Madras plague regulations and rules - Volume 1
Disease focus: Plague
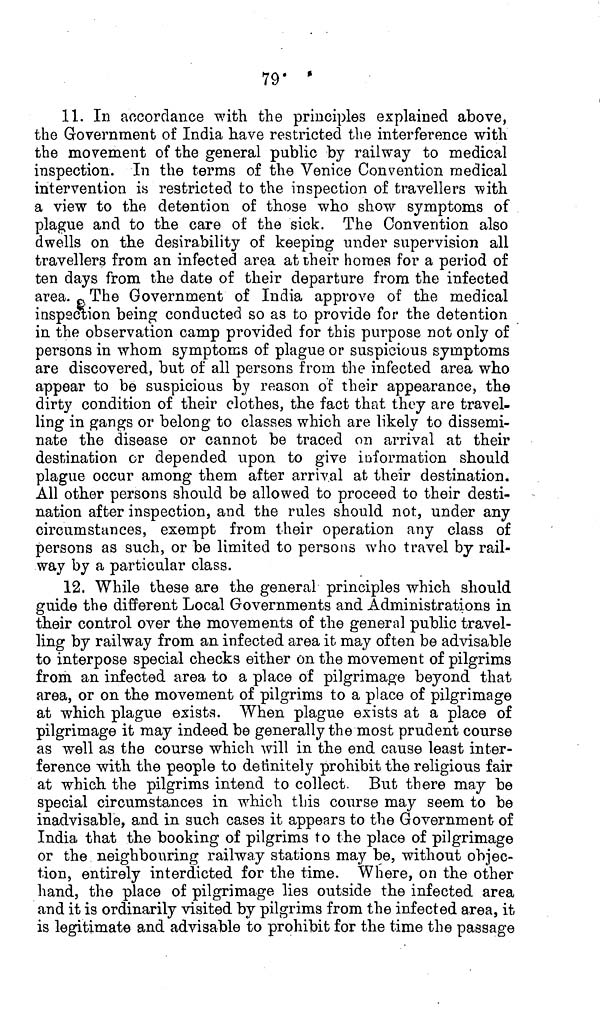
79
11. In accordance with the principles explained above,
the Government of India have restricted the interference with
the movement of the general public by railway to medical
inspection. In the terms of the Venice Convention medical
intervention is restricted to the inspection of travellers with
a view to the detention of those who show symptoms of
plague and to the care of the sick. The Convention also
dwells on the desirability of keeping under supervision all
travellers from an infected area at their homes for a period of
ten days from the date of their departure from the infected
area. The Government of India approve of the medical
inspection being conducted so as to provide for the detention
in the observation camp provided for this purpose not only of
persons in whom symptoms of plague or suspicious symptoms
are discovered, but of all persons from the infected area who
appear to be suspicious by reason of their appearance, the
dirty condition of their clothes, the fact that they are travel-
ling in gangs or belong to classes which are likely to dissemi-
nate the disease or cannot be traced on arrival at their
destination or depended upon to give information should
plague occur among them after arrival at their destination.
All other persons should be allowed to proceed to their desti-
nation after inspection, and the rules should not, under any
circumstances, exempt from their operation any class of
persons as such, or be limited to persons who travel by rail-
way by a particular class.
12. While these are the general principles which should
guide the different Local Governments and Administrations in
their control over the movements of the general public travel-
ling by railway from an infected area it may often be advisable
to interpose special checks either on the movement of pilgrims
from an infected area to a place of pilgrimage beyond that
area, or on the movement of pilgrims to a place of pilgrimage
at which plague exists. When plague exists at a place of
pilgrimage it may indeed be generally the most prudent course
as well as the course which will in the end cause least inter-
ference with the people to definitely prohibit the religious fair
at which the pilgrims intend to collect. But there may be
special circumstances in which this course may seem to be
inadvisable, and in such cases it appears to the Government of
India that the booking of pilgrims to the place of pilgrimage
or the neighbouring railway stations may be, without objec-
tion, entirely interdicted for the time. Where, on the other
hand, the place of pilgrimage lies outside the infected area
and it is ordinarily visited by pilgrims from the infected area, it
is legitimate and advisable to prohibit for the time the passage